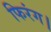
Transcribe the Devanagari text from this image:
फिरंग।